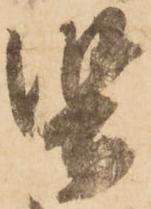
堅